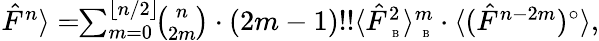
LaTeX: \begin{array}{r}{\! \! \langle\hat{F}^{n}\rangle=\! \! \sum_{m=0}^{\lfloor n/2\rfloor}\! \! {\binom{n}{2m}}\cdot(2m-1)!!\langle{\hat{F}}_{\mathrm{~\tiny~B~}}^{2}\rangle_{\mathrm{~\tiny~B~}}^{m}\cdot\langle(\hat{F}^{n-2m})^{\circ}\rangle,}\end{array}